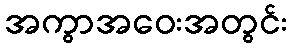
အကွာအဝေးအတွင်း